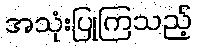
အသုံးပြုကြသည့်